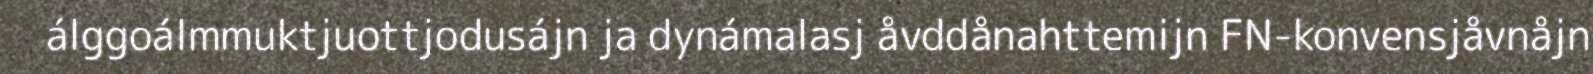
álggoálmmuktjuottjodusájn ja dynámalasj åvddånahttemijn FN-konvensjåvnåjn